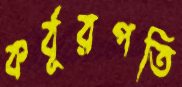
কর্বূরপতি